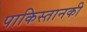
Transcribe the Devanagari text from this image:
पाकिस्तानकी